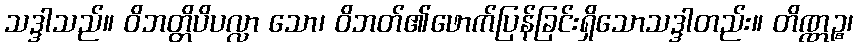
သဒ္ဒါသည်။ ဝိဘတ္တိပိပလ္လာ သော၊ ဝိဘတ်၏ဖောက်ပြန်ခြင်းရှိသောသဒ္ဒါတည်း။ တိဏ္ဏဉ္စ၊